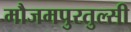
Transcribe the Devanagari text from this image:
मौजमपुरतुल्सी